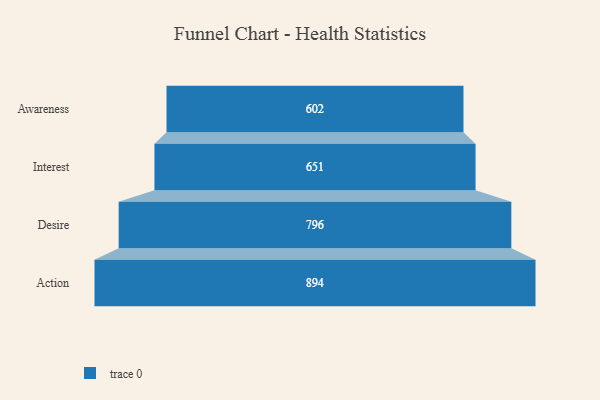
{"axis": {"x": "Stage", "y": "Value"}, "legend": [""], "data": [{"x": "Awareness", "y": 602.0, "type": ""}, {"x": "Interest", "y": 651.0, "type": ""}, {"x": "Desire", "y": 796.0, "type": ""}, {"x": "Action", "y": 894.0, "type": ""}]}